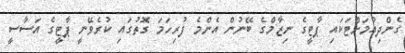
ގެންދިއުމަށްޓަކައި ޕާޓީގެ ނިޒާމްގެ ބޭނުން އެންމެ ފުރިހަމަ ގޮތުގައި ކުރެވޭނީ ޕާޓީގެ އަސާސީ